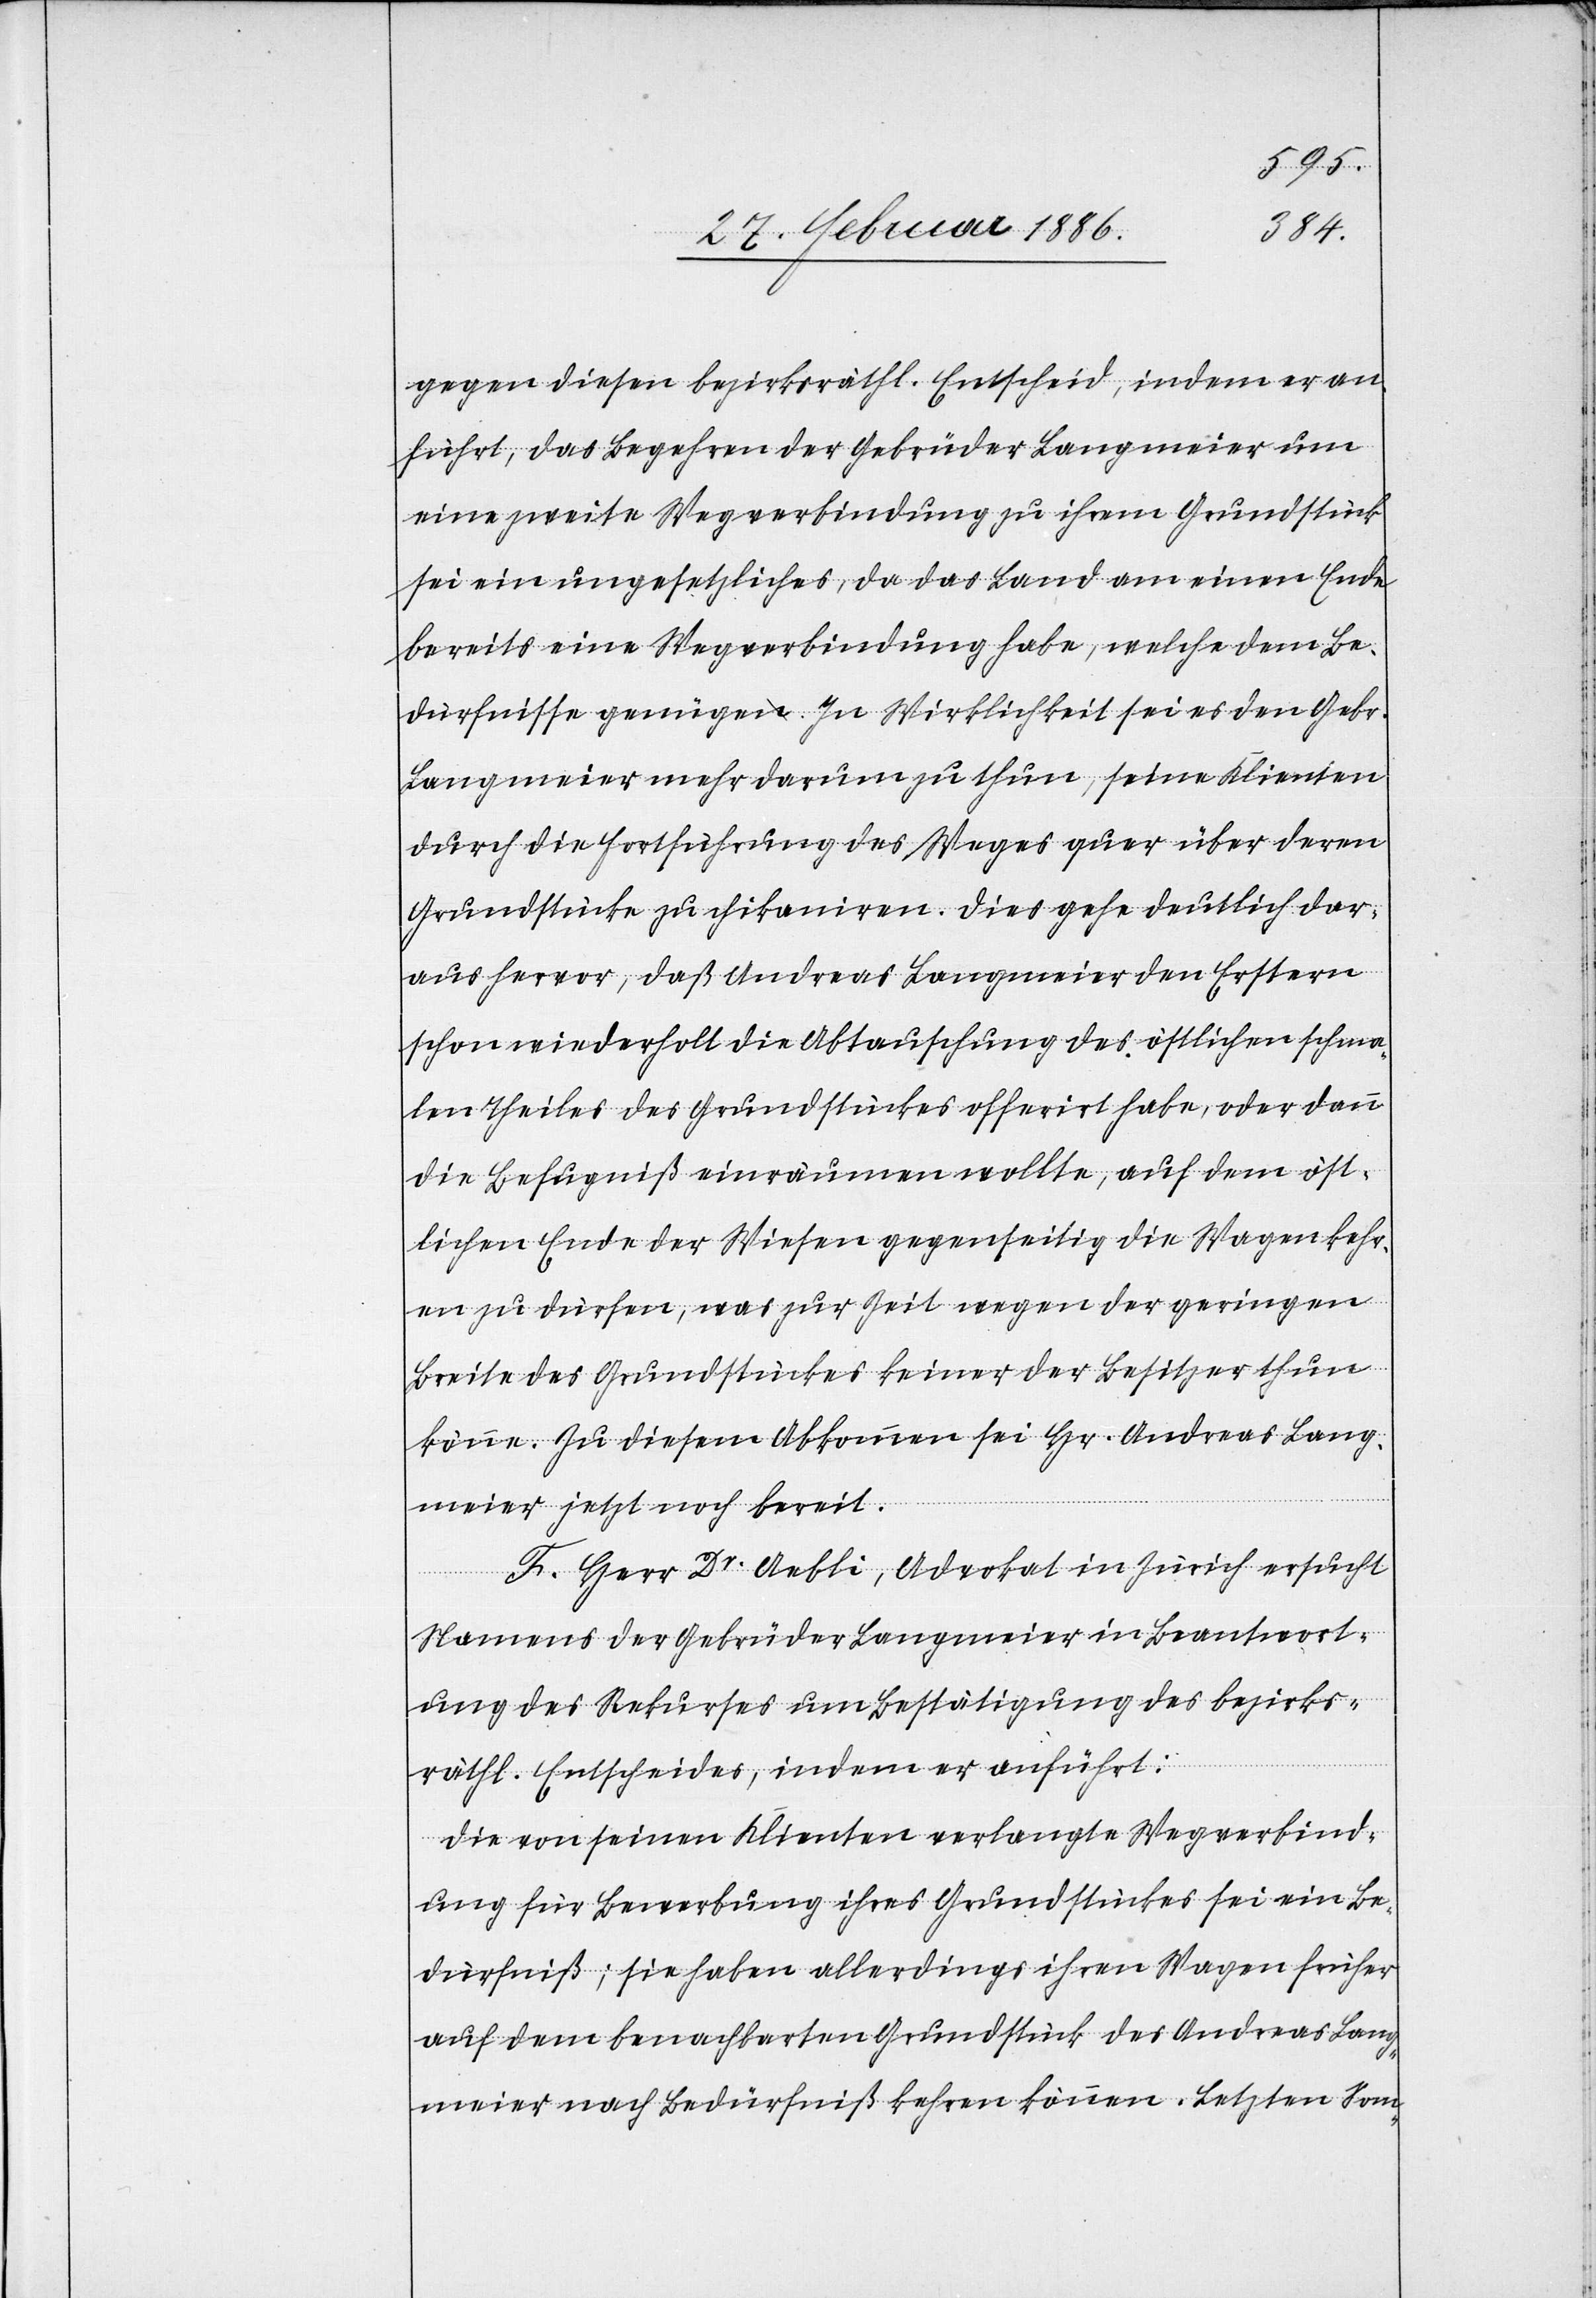
meier
gegen diesen bezikrsräthl. Entscheid, indem er an¬
führt, das Begehren der Gebrüder Langemeier um
eine zweite Wegverbindung zu ihrem Grundstück
sei ein ungesetzliches, da das Land am einen Ende
bereits eine Wergverbindung habe, welche dem Be¬
dürfnisse genüge. In Wirklichkeit sei es den Gebr.
Langmeier mehr darum zu thun, seine Klienten
durch die Fortführung des Weges quer über deren
Grundstücke zu chikaniren. Dies gehe deutlich dar¬
aus hervor, daß Andreas Langmeier den Erstern
schon wiederholt die Abtauschung des öffentlichen schma¬
len Theiles des Grundstückes offerirt habe, oder dann
die Befugniß einräumen wollte, auf dem öffent¬
lichen Ende der Wiesen gegenseitig die Wagen kehr¬
en zu dürfen, was zur Zeit wegen der geringen
Breite des Grundstückes keiner der Besitzer thun
könne. Zu diesem Abkommen sei Hr. Andreas Lang¬
F. Herr Dr. Aebli, Advokat in Zürich ersucht
Namens der Gebrüder Langmeier in Beantwort¬
ung des Rekurses um Bestätigung des bezirks¬
räthl. Entscheides, indem er anführt:
Die von seinen Klienten verlangte Wegverbind¬
ung für Bewerbung ihres Grundstückes sei ein Be¬
dürfniß; sie haben allerdings ihren Wagen früher
auf dem benachbarten Grundstücke des Andreas Lang¬
meier nach Bedürfniß kehren können. Letzten Som-